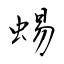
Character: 蜴